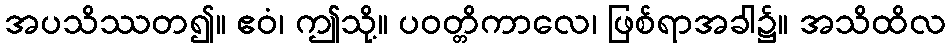
အပသိဿတ၍။ ဧဝံ၊ ဤသို့။ ပဝတ္တိကာလေ၊ ဖြစ်ရာအခါ၌။ အသိထိလ